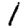
Digit: 1